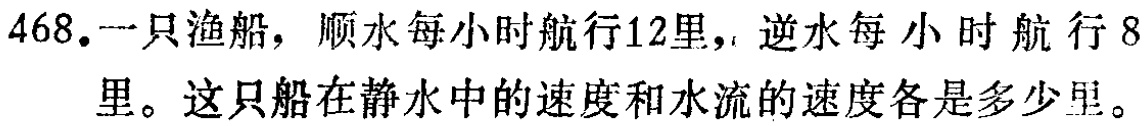
468.一只渔船，顺水每小时航行12里，逆水每小时航行8里。这只船在静水中的速度和水流的速度各是多少里。